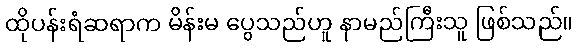
ထိုပန်းရံဆရာက မိန်းမ ပွေသည်ဟူ နာမည်ကြီးသူ ဖြစ်သည်။